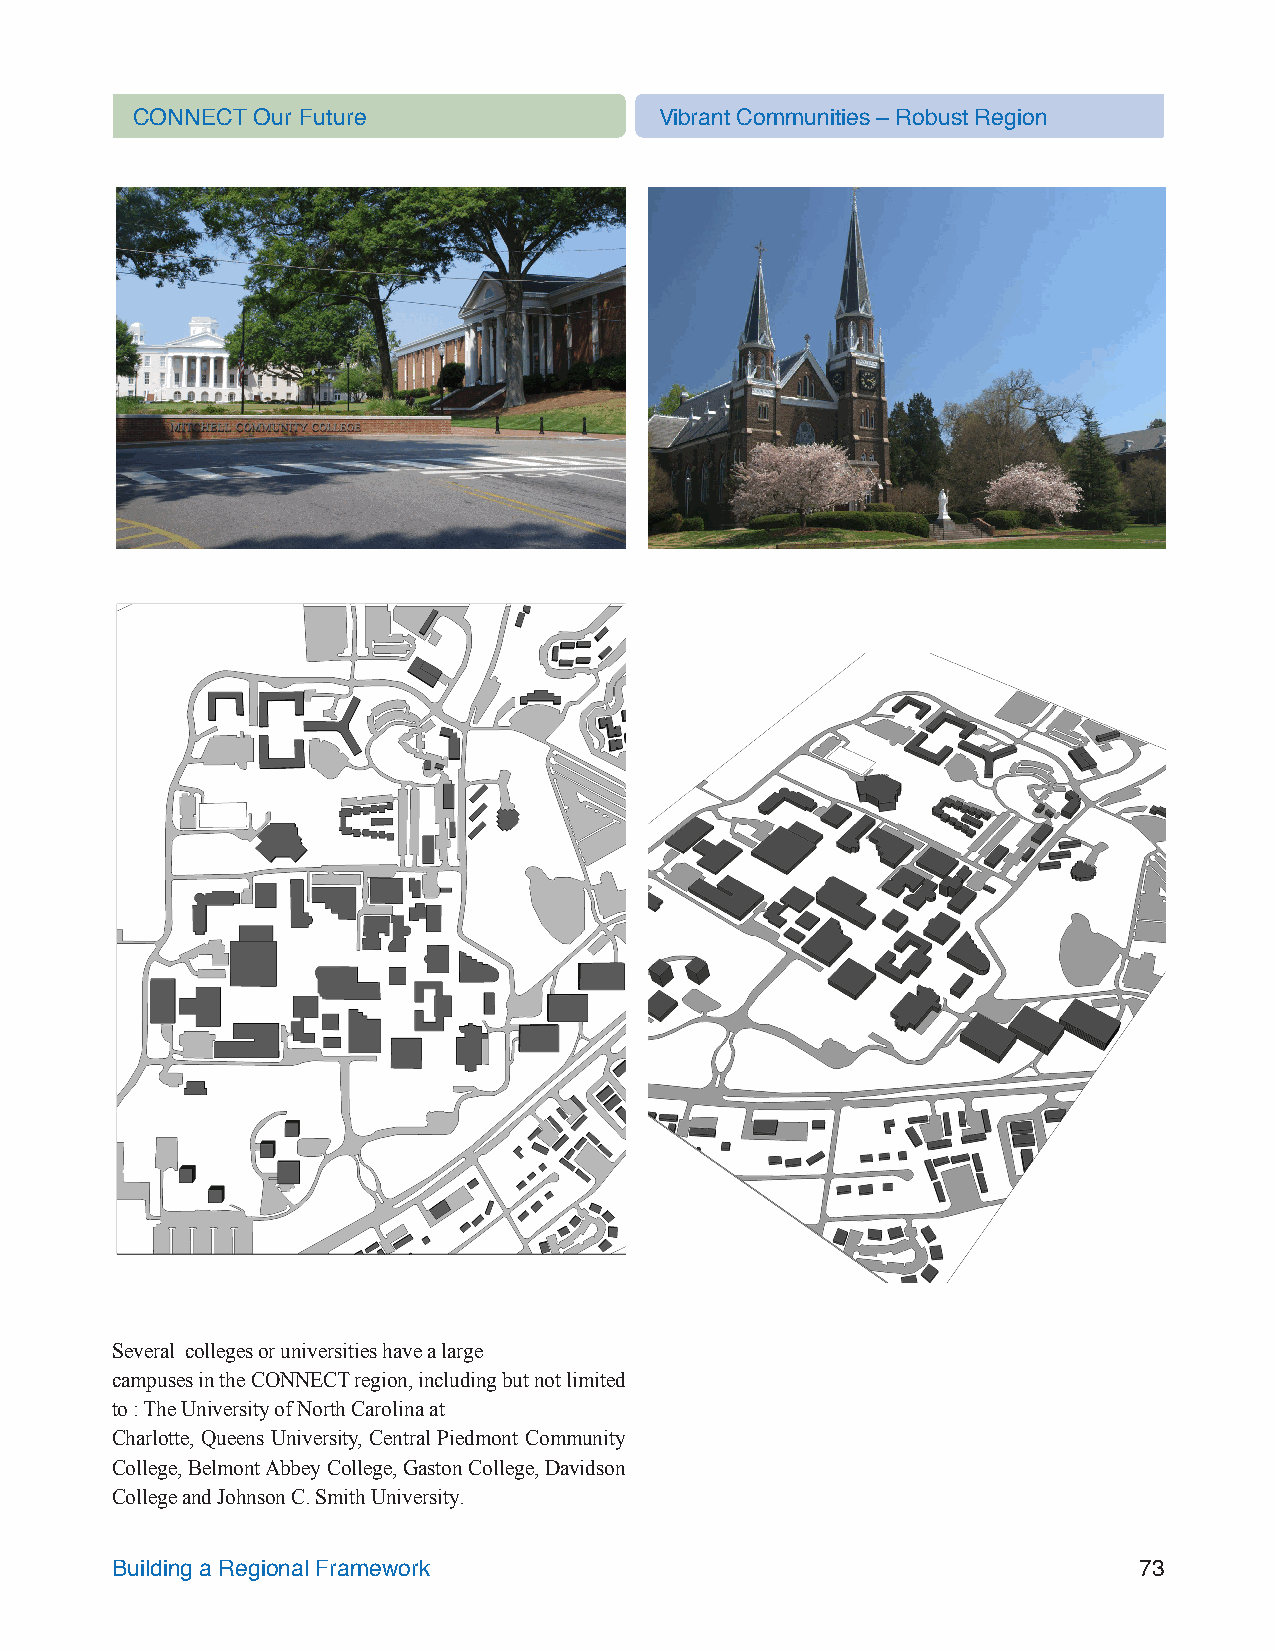
CONNECT Our Future                 Vibrant Communities – Robust Region
 Several colleges or universities have a large
 campuses in the CONNECT region, including but not limited
 to : The University of North Carolina at
 Charlotte, Queens University, Central Piedmont Community
 College, Belmont Abbey College, Gaston College, Davidson
 College and Johnson C. Smith University.
 Building a Regional Framework                                       73